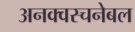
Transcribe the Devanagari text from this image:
अनक्वस्चनेबल